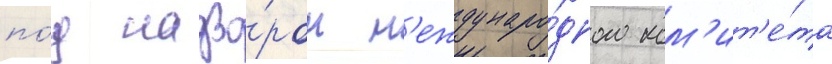
по́д надзо́ром м'еждунаро́дного ком'ит'е́та